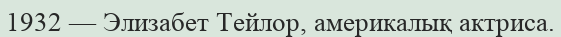
1932 — Элизабет Тейлор, америкалық актриса.